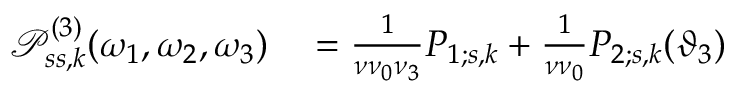
\begin{array} { r l } { \mathcal { P } _ { s s , k } ^ { ( 3 ) } ( \omega _ { 1 } , \omega _ { 2 } , \omega _ { 3 } ) } & { { } = \frac { 1 } { \nu \nu _ { 0 } \nu _ { 3 } } P _ { 1 ; s , k } + \frac { 1 } { \nu \nu _ { 0 } } P _ { 2 ; s , k } ( \vartheta _ { 3 } ) } \end{array}